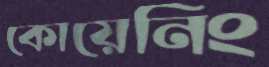
কোয়েনিং